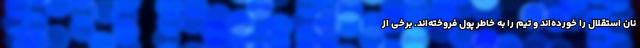
نان استقلال را خورده‌‌اند و تیم را به خاطر پول فروخته‌اند. برخی از